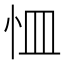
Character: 𭜛